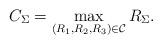
LaTeX: \begin{align*} {C}_{\Sigma}=\max_{(R_1,R_2,R_3)\in\mathcal{C}}R_\Sigma. \end{align*}